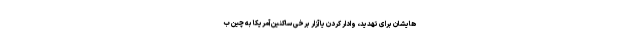
هایشان برای تهدید، وادار کردن یا آزار برخی ساکنین آمریکا به چین ب